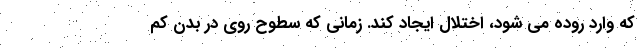
که وارد روده می شود، اختلال ایجاد کند. زمانی که سطوح روی در بدن کم